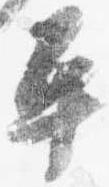
平